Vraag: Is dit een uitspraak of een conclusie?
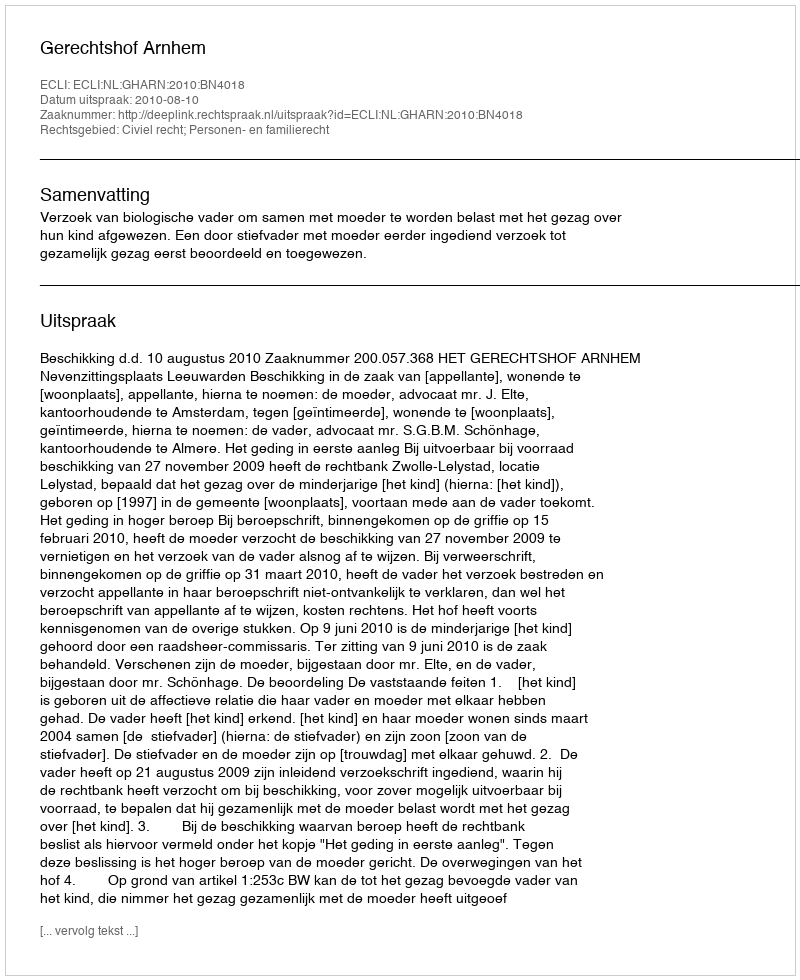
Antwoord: Uitspraak